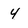
Character: 4